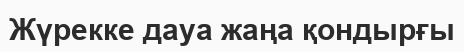
Жүрекке дауа жаңа қондырғы